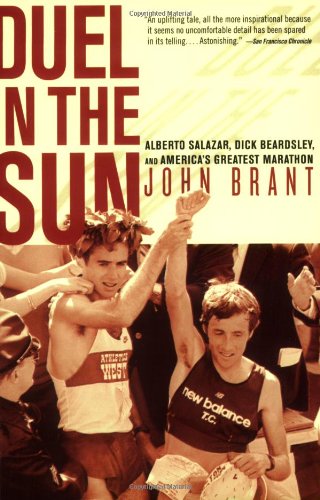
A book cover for Duel in the Sun: Alberto Salazar, Dick Beardsley, and America's Greatest Marathon; John Brant; Sports & Outdoors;